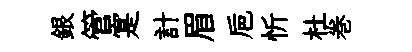
銀管寔計眉巵忻杜巻